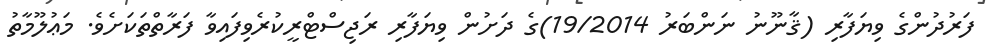
ފަރުދުންގެ ވިޔަފާރި (ޤާނޫނު ނަންބަރު 19/2014)ގެ ދަށުން ވިޔަފާރި ރަޖިސްޓްރީކުރެވިފައިވާ ފަރާތްތަކަށެވެ. މަޢުލޫމާތު